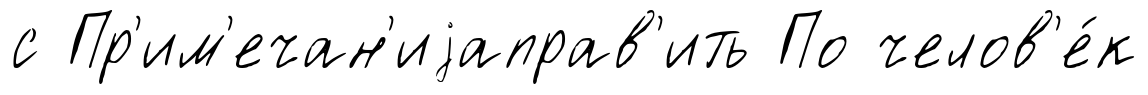
с Пр'им'ечан'иjаправ'ить По челов'е́к